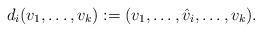
LaTeX: \begin{align*}d_{i}(v_{1},\dots, v_{k} ) := (v_{1}, \dots , \hat{v}_{i}, \dots, v_{k}).\end{align*}